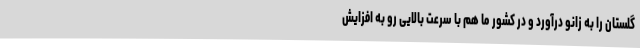
گلستان را به زانو درآورد و در کشور ما هم با سرعت بالایی رو به افزایش